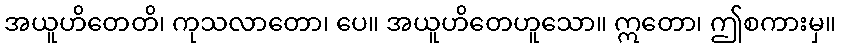
အယူဟိတေတိ၊ ကုသလာတော၊ ပေ။ အယူဟိတေဟူသော။ ဣတော၊ ဤစကားမှ။